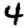
Digit: 4